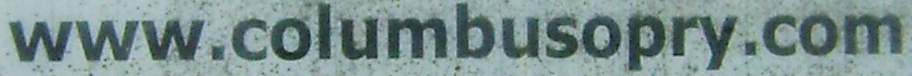
www.columbusopry.com